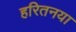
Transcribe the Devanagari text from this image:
हरितनया